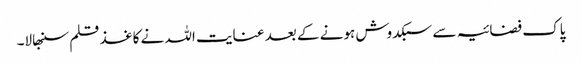
پاک فضائیہ سے سبکدوش ہونے کے بعد عنایت اللہ نے کاغذ قلم سنبھالا۔